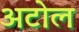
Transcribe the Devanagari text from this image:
अटोल